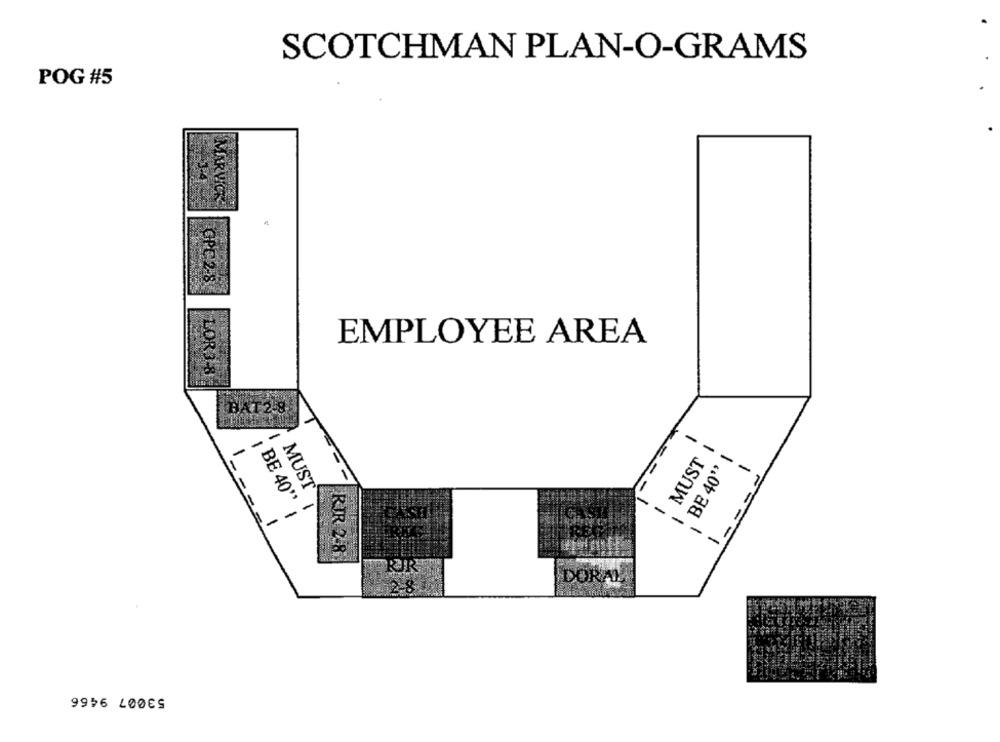
SCOTCHMAN PLAN-O-GRAMS
POG #5
3-4
MARVICE
GPC 2-8
EMPLOYEE AREA
LOR3-8
-
-
MUST
BE 40"
-
MUST
BE 40"
-
RIR 2-8
DORAL
53007 9466